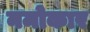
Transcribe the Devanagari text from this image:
नमोकार